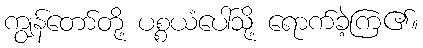
ကျွန်တော်တို့ ပစ္စယံပေါ်သို့ ရောက်ခဲ့ကြ၏။